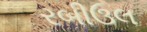
રબીઉલ